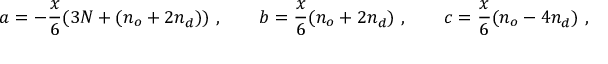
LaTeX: a = - { \frac { x } { 6 } } ( 3 N + ( n _ { o } ^ { } + 2 n _ { d } ^ { } ) ) \ , \qquad b = { \frac { x } { 6 } } ( n _ { o } ^ { } + 2 n _ { d } ^ { } ) \ , \qquad c = { \frac { x } { 6 } } ( n _ { o } ^ { } - 4 n _ { d } ^ { } ) \ ,